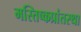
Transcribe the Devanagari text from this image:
मस्तिष्कप्रांतस्था